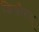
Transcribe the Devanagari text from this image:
किन्नौरुस्